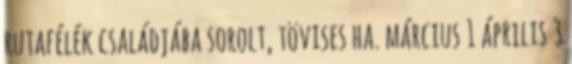
rutafélék családjába sorolt, tövises ha. március 1 április 3